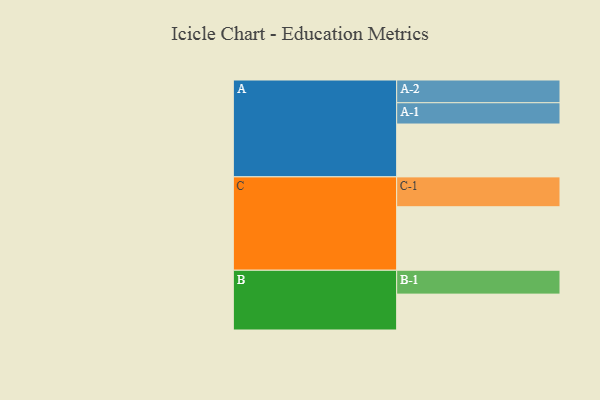
{"axis": {"x": "Segment", "y": "Value"}, "legend": ["", "A", "B", "C"], "data": [{"x": "A", "y": 467, "type": ""}, {"x": "B", "y": 317, "type": ""}, {"x": "C", "y": 561, "type": ""}, {"x": "A-1", "y": 188, "type": "A"}, {"x": "A-2", "y": 201, "type": "A"}, {"x": "B-1", "y": 211, "type": "B"}, {"x": "C-1", "y": 264, "type": "C"}]}